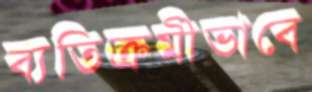
ব্যতিক্রমীভাবে